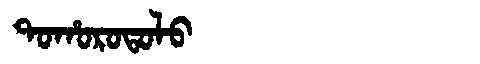
Manchu: ᡨᠣᡥᠣᡵᠣᡨᠣᠯᠣ
Romanization: TOHOROTOLO